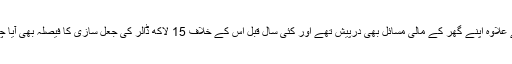
اس کے علاوہ اپنے گھر کے مالی مسائل بھی درپیش تھے اور کئی سال قبل اس کے خلاف 15 لاکھ ڈالر کی جعل سازی کا فیصلہ بھی آیا چکا ہے۔